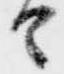
由